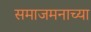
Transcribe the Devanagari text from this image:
समाजमनाच्या